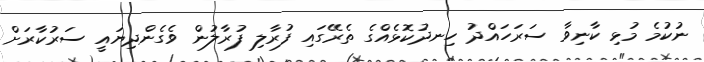
ނުކުމެ މުޅި ކާނިވާ ސަރަހައްދު ހިނދުކޮޅެއްގެ ތެރޭގައި ފުރާލި ފުރާލުން ވެގެންދިޔައީ ސަރުކާރަށް